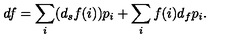
d f = \sum _ { i } ( d _ { s } f ( i ) ) p _ { i } + \sum _ { i } f ( i ) d _ { f } p _ { i } .